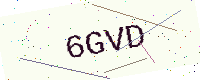
Text: 6GVD